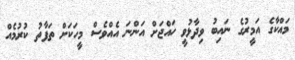
މައްކާގެ އަމީރުގެ ނައިބު ވިދާޅުވީ ހައްޖަށް އަންނަ އެއްވެސް މީހަކަށް ތަފާތު ކުރުމެއް